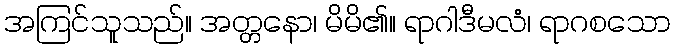
အကြင်သူသည်။ အတ္တနော၊ မိမိ၏။ ရာဂါဒီမလံ၊ ရာဂစသော